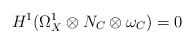
\begin{align*} H^1(\Omega_X^1\otimes N_C\otimes\omega_C)=0 \end{align*}